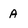
Character: a